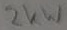
Text: 2KW